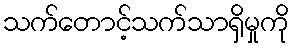
သက်တောင့်သက်သာရှိမှုကို